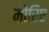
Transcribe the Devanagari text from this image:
मोरिए